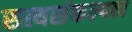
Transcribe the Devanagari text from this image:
सत्यसंकल्पत्व